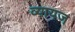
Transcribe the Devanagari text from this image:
व्‍यायज